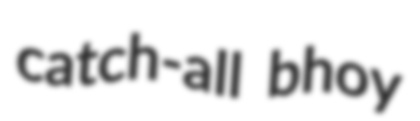
catch-all bhoy